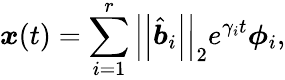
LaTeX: \boldsymbol{x}(t)=\sum_{i=1}^{r}\left|\left|\hat{\boldsymbol{b}}_{i}\right|\right|_{2}e^{\gamma_{i}t}\boldsymbol{\phi}_{i},